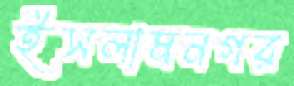
ইসলামনগর